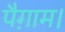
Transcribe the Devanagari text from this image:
पैग़ाम।